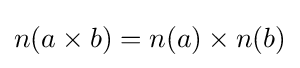
n(a\times b)=n(a)\times n(b)